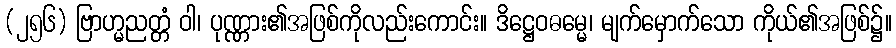
(၂၅၆) ဗြာဟ္မညတ္တံ ဝါ၊ ပုဏ္ဏား၏အဖြစ်ကိုလည်းကောင်း။ ဒိဋ္ဌေဝဓမ္မေ၊ မျက်မှောက်သော ကိုယ်၏အဖြစ်၌။